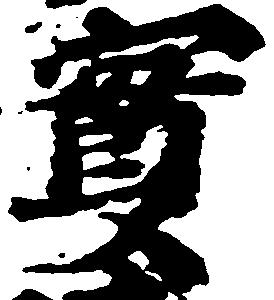
実